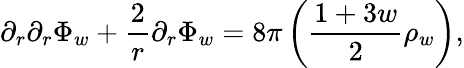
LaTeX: \partial_{r}\partial_{r}\Phi_{w}+\frac{2}{r}\partial_{r}\Phi_{w}=8\pi\left(\frac{1+3w}{2}\rho_{w}\right),